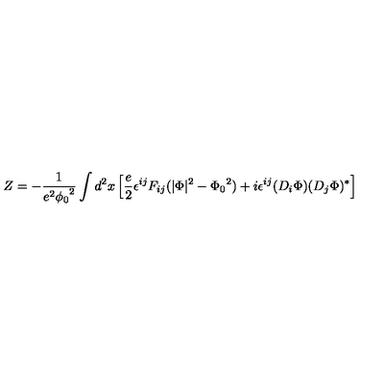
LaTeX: Z = - \frac { 1 } { e ^ { 2 } { \phi _ { 0 } } ^ { 2 } } \int d ^ { 2 } x \left[ \frac { e } { 2 } \epsilon ^ { i j } F _ { i j } ( \vert \Phi \vert ^ { 2 } - { \Phi _ { 0 } } ^ { 2 } ) + i \epsilon ^ { i j } ( D _ { i } \Phi ) ( D _ { j } \Phi ) ^ { * } \right]